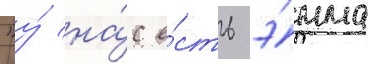
"у́ на́с е́сть э́мма